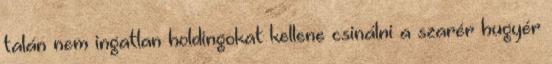
talán nem ingatlan holdingokat kellene csinálni a szarér hugyér